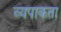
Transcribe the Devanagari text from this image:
व्यपाकता